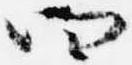
四